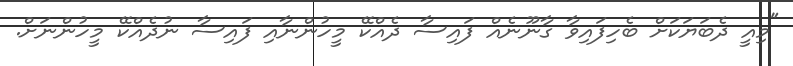
"މިއީ ދެބަޔަކަށް ބެހިފައިވާ ގާނޫނެއް ފައިސާ ދެއްކޭ މީހުންނާއި ފައިސާ ނުދެއްކޭ މީހުންނަށް.